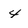
Character: 4